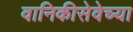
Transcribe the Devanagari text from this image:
वानिकीसेवेच्या